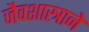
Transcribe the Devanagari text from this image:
जैवशास्त्राने